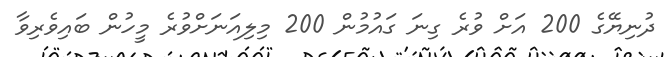
ދުނިޔޭގެ 200 އަށް ވުރެ ގިނަ ގައުމުން 200 މިލިއަނަށްވުރެ މީހުން ބައިވެރިވާ